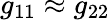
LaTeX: g_{11}\approx g_{22}